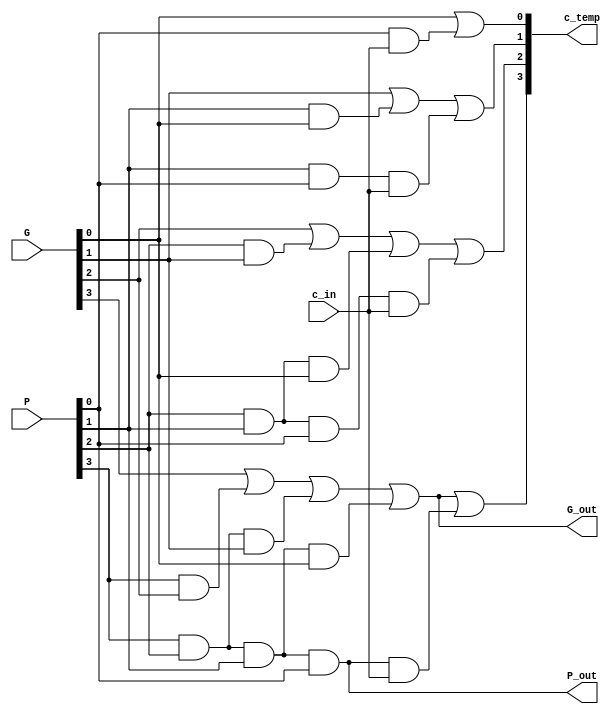
module LCU(
	 input c_in,
    input [3:0] P,
    input [3:0] G,
    output [4:1] c_temp,
    output P_out,
    output G_out
    );

	assign c_temp[1] = G[0] | (P[0] & c_in);
	assign c_temp[2] = G[1] | (P[1] & G[0]) | (P[1] & P[0] & c_in);
	assign c_temp[3] = G[2] | (P[2] & G[1]) | (P[2] & P[1] & G[0]) | (P[2] & P[1] & P[0] & c_in);
	assign c_temp[4] = G[3] | (P[3] & G[2]) | (P[3] & P[2] & G[1]) | (P[3] & P[2] & P[1] & G[0]) | (P[3] & P[2] & P[1] & P[0] & c_in);
	
	assign P_out = P[3] & P[2] & P[1] & P[0];
	assign G_out = G[3] | (P[3] & G[2]) | (P[3] & P[2] & G[1]) | (P[3] & P[2] & P[1] & G[0]);
endmodule